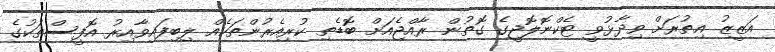
އަޒީޒު އިތުރަށް ވިދާޅުވީ ޓެކްނޮލޮޖީގެ ގޮތުން ރާއްޖެއަށް ބޮޑެތި ކުރިއެރުންތަކެއް ލިބިފައިވާއިރު އޮފީސްތަކުގެ